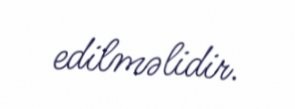
edilməlidir.